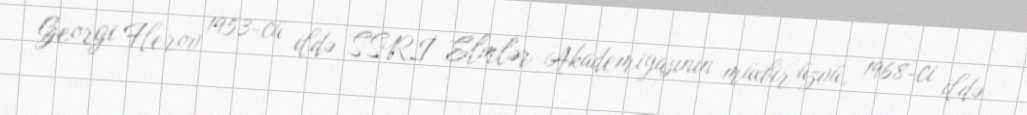
Georgi Flerov 1953-cü ildə SSRİ Elmlər Akademiyasının müxbir üzvü, 1968-ci ildə